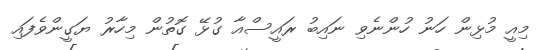
މިއީ މުޅިން ހަނު ހުންނެވި ނައިބު ރައީސްއާ ގުޅޭ ގޮތުން މިހާރު ޔަގީންވެފައި